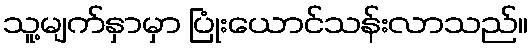
သူ့မျက်နှာမှာ ပြုံးယောင်သန်းလာသည်။